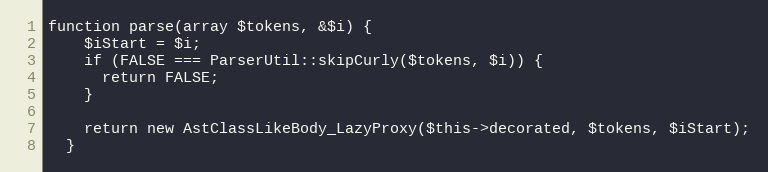
Language: PHP
function parse(array $tokens, &$i) {
    $iStart = $i;
    if (FALSE === ParserUtil::skipCurly($tokens, $i)) {
      return FALSE;
    }

    return new AstClassLikeBody_LazyProxy($this->decorated, $tokens, $iStart);
  }